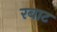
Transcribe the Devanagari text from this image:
रबाट